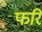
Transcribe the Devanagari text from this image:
फरि